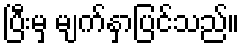
ပြီးမှ မျက်နှာပြင်သည်။